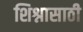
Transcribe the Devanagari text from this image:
शिश्नासाठी